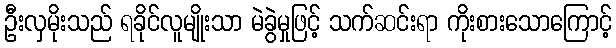
ဦးလှမိုးသည် ရခိုင်လူမျိုးသာ မဲခွဲမှုဖြင့် သက်ဆင်းရာ ကိုးစားသောကြောင့်